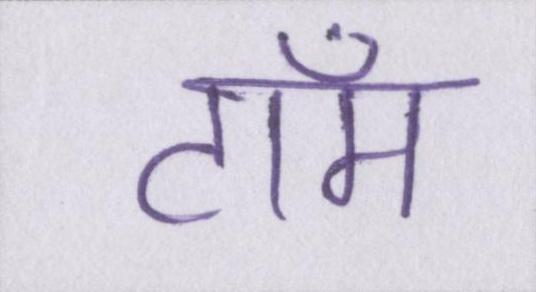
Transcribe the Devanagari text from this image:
टॉम